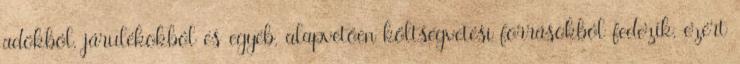
adókból, járulékokból és egyéb, alapvetően költségvetési forrásokból fedezik, ezért